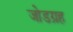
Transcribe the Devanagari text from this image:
जोडग्रह